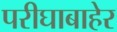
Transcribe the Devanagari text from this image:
परीघाबाहेर